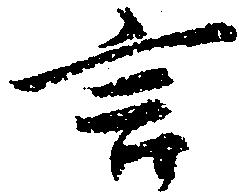
言